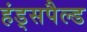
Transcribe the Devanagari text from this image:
हंड्सपैल्ड